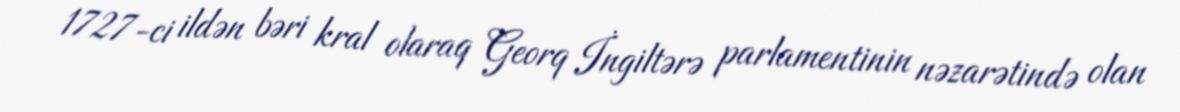
1727-ci ildən bəri kral olaraq Georq İngiltərə parlamentinin nəzarətində olan